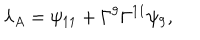
{ \lambda _ { A } = \psi _ { 1 1 } + \Gamma ^ { 9 } \Gamma ^ { 1 1 } \psi _ { 9 } , }